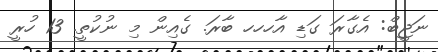
ނަޖީބް: އެގާރަ ގަޑި އާހހހ ބާރަ. ގެއިން މި ނުކުތީ. 13 ހުރީ